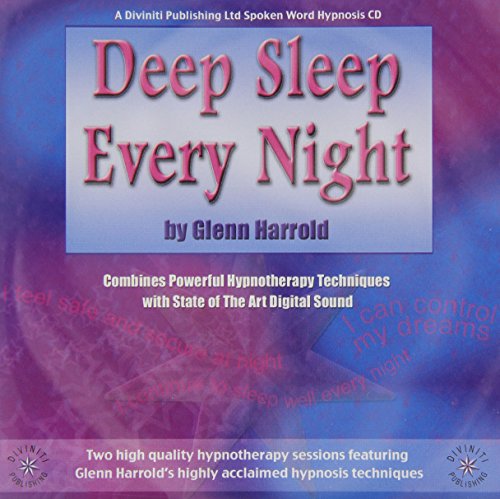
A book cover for Deep Sleep Every Night; Glenn Harrold; Self-Help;